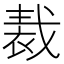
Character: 𧚝